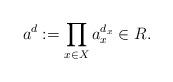
LaTeX: \begin{align*}a^d:=\prod_{x\in X}a_x^{d_x}\in R.\end{align*}